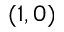
( 1 , 0 )